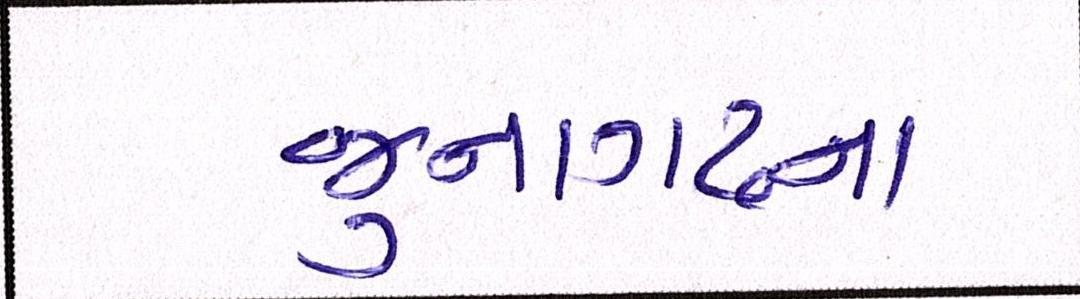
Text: જુનાગઢના